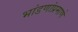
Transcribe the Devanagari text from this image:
भांडणांप्रमाणे